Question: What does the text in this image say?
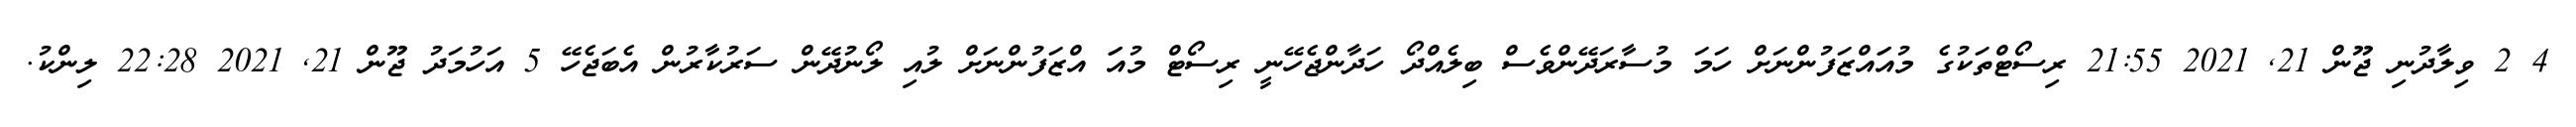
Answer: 4 2 ވިލާދުނި ޖޫން 21, 2021 21:55 ރިސޯޓްތަކުގެ މުއަައްޒަފުންނަށް ހަމަ މުސާރަދޭންވެސް ބިލެއްދޯ ހަދާންޖެހޭނީ ރިސޯޓް މުއަަ އްޒަފުންނަށް ލުއި ލޯނުދޭން ސަރުކާރުން އެބަޖެހޭ 5 އަހުމަދު ޖޫން 21, 2021 22:28 ލިންކު.